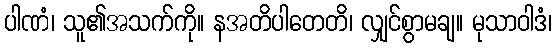
ပါဏံ၊ သူ၏အသက်ကို။ နအတိပါတေတိ၊ လျှင်စွာမချ။ မုသာဝါဒံ၊